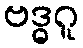
ဗဒ္ဓဂူ